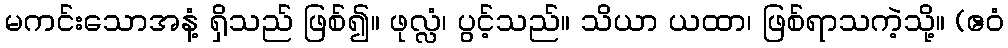
မကင်းသောအနံ့ ရှိသည် ဖြစ်၍။ ဖုလ္လံ၊ ပွင့်သည်။ သိယာ ယထာ၊ ဖြစ်ရာသကဲ့သို့။ (ဧဝံ